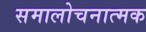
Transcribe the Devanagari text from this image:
समालोचनात्‍मक